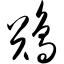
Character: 鹆